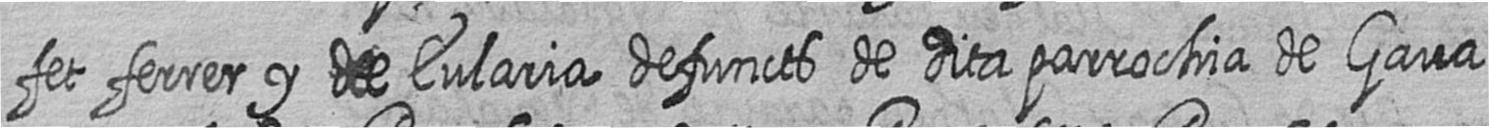
fet ferrer y de Eularia defuncts de dita parrochia de Gava